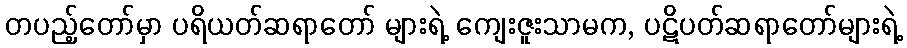
တပည့်တော်မှာ ပရိယတ်ဆရာတော် များရဲ့ ကျေးဇူးသာမက, ပဋိပတ်ဆရာတော်များရဲ့